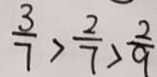
\frac { 3 } { 7 } > \frac { 2 } { 7 } > \frac { 2 } { 9 }